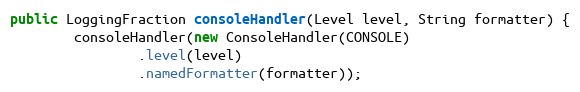
Language: Java
public LoggingFraction consoleHandler(Level level, String formatter) {
        consoleHandler(new ConsoleHandler(CONSOLE)
                .level(level)
                .namedFormatter(formatter));